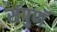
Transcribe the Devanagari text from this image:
संपुणॅ